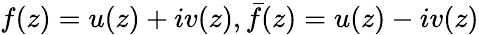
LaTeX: f(z)=u(z)+iv(z),\bar{f}(z)=u(z)-iv(z)